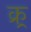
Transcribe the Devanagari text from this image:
क्र्र